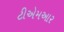
ટીએમઆર